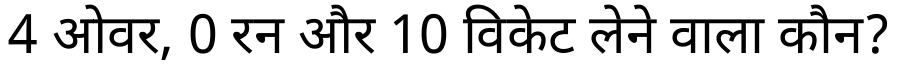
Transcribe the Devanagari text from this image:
4 ओवर, 0 रन और 10 विकेट लेने वाला कौन?